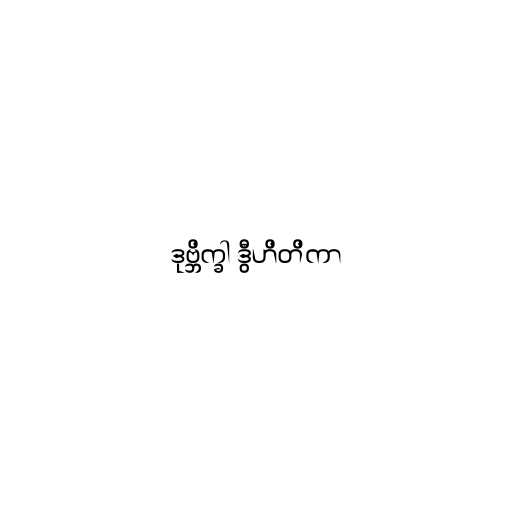
ဒုဗ္ဘိက္ခါ ဒွီဟိတိကာ